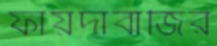
ফায়দাবাজির